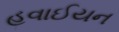
હવાઈયન